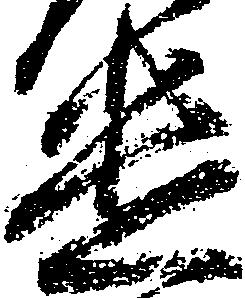
遣